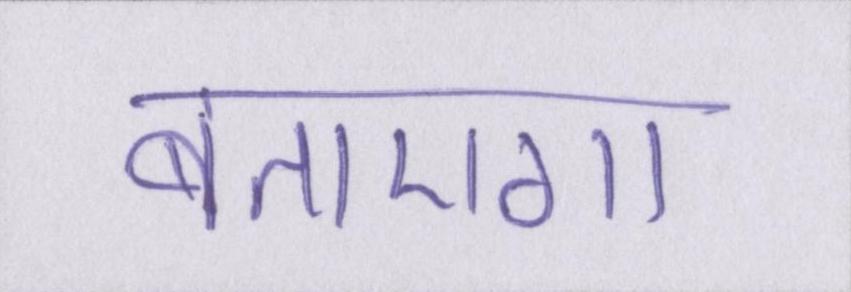
बताएगा